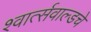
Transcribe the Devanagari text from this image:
श्वार्त्सवाल्डचे